Report of the King Institute of Preventive Medicine, Guindy
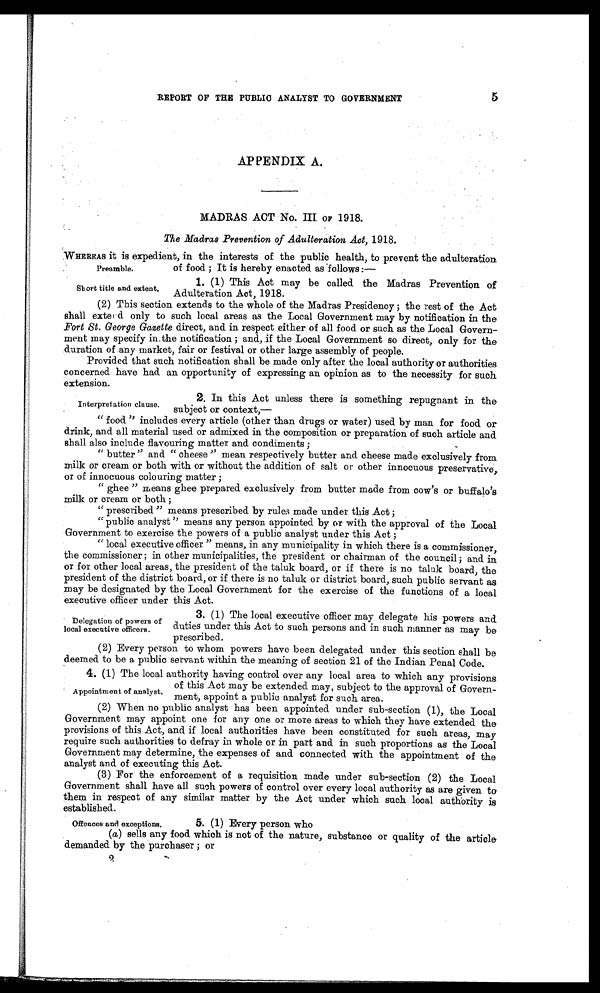
5
REPORT OF THE PUBLIC ANALYST TO GOVERNMENT
APPENDIX A.
MADRAS ACT No. III OF 1918.
The Madras Prevention of Adulteration Act, 1918.
WHEREAS it is expedient, in the interests of the public health, to prevent the adulteration
of food ; It is hereby enacted as follows :—
Preamble.
Short title and extent.
1 . (1) This Act may be called the Madras Prevention of
Adulteration Act, 1918.
(2) This section extends to the whole of the Madras Presidency ; the rest of the Act
shall extend only to such local areas as the Local Government may by notification in the
Fort St. George Gazette direct, and in respect either of all food or such as the Local Govern
-
ment may specify in the notification ; and, if the Local Government so direct, only for the
duration of any market, fair or festival or other large assembly of people.
Provided that such notification shall be made only after the local authority or authorities
concerned have had an opportunity of expressing an opinion as to the necessity for such
extension
.
2. In. this Act unless there is something repugnant in the
subject or context,
—
" food " includes every article (other than drugs or water) used by man for food or
drink, and all material used or admixed in the composition or preparation of such article and
shall also include flavouring matter and condiments ;
" butter" and " cheese " mean respectively butter and cheese made exclusively from
milk or cream or both with or without the addition of salt or other innocuous preservative,
or of innocuous colouring matter ;
" ghee " means ghee prepared exclusively from butter made from cow 's or buffalo's
milk or cream or both ;
" prescribed " means prescribed by rules made under this Act ;
"public analyst" means any person appointed by or with the approval of the Local
Government to exercise the powers of a public analyst under this Act ;
" local executive officer " means, in any municipality in which there is a commissioner,
the commissioner ; in other municipalities, the president or chairman of the council; and in
or for other local areas, the president of the taluk board, or if there is no taluk board, the
president of the district board, or if there is no taluk or district board, such public servant as
may be designated by the Local Government for the exercise of the functions of a local
executive officer under this Act.
Interpretation clause.
Delegation of powers of
local executive officers.
3. (1) The local executive officer may delegate his powers and
duties under this Act to such persons and in such manner as may be
prescribed.
(2) Every person to whom powers have been delegated under this section shall be
deemed to be a public servant within the meaning of section 21 of the Indian Penal Code.
4. (1) The local authority having control over any local area to which any provisions
of this Act may be extended may, subject to the approval of Govern
-ment, appoint a public analyst for such area.
(2) When no public analyst has been appointed under sub-section (1), the Local
Government may appoint one for any one or more areas to which they have extended the
provisions of this Act, and if local authorities have been constituted for such areas, may
require such authorities to defray in whole or in part and in such proportions as the Local
Government may determine, the expenses of and connected with the appointment of the
analyst and of executing this Act.
(3) For the enforcement of a requisition made under sub-section (2) the Local
Government shall have all such powers of control over every local authority as are given to
them in respect of any similar matter by the Act under which such local authority is
established.
5. (1) Every person who
(a) sells any food which is not of the nature, substance or quality of the article
demanded by the purchaser ; or
2
Appointment of analyst.
Offences and exceptions.